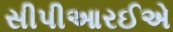
સીપીઆરઈએ